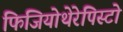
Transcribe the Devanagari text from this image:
फिजियोथेरेपिस्टो